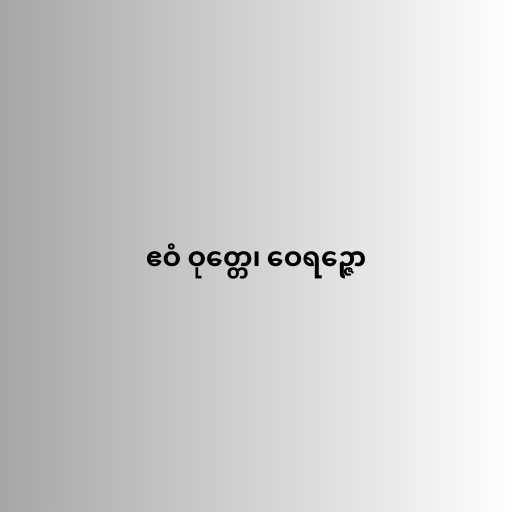
ဧဝံ ဝုတ္တေ၊ ဝေရဉ္ဇော